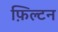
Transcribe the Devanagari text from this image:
फ़िल्टन